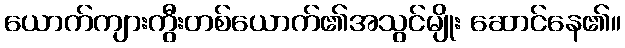
ယောက်ကျားကွီးတစ်ယောက်၏အသွင်မျိုး ဆောင်နေ၏။